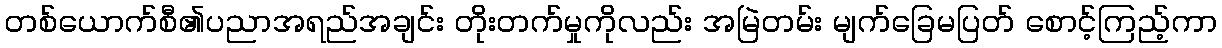
တစ်ယောက်စီ၏ပညာအရည်အချင်း တိုးတက်မှုကိုလည်း အမြဲတမ်း မျက်ခြေမပြတ် စောင့်ကြည့်ကာ